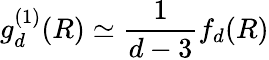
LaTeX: g_{d}^{(1)}(R)\simeq\frac{1}{d-3}f_{d}(R)